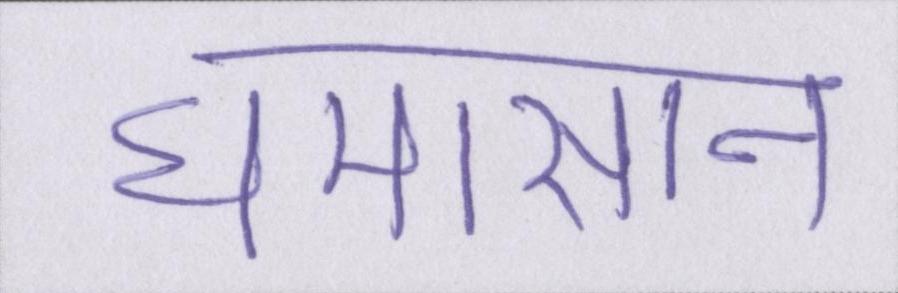
घमासान